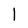
Character: 1